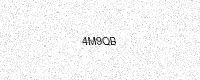
Text: 4M9QB